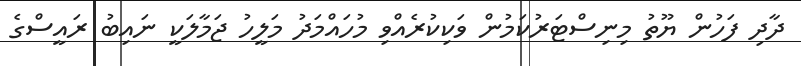
ދާދި ފަހުން ޔޫތު މިނިސްޓަރުކަމުން ވަކިކުރެއްވި މުހައްމަދު މަލީހު ޖަމާލަކީ ނައިބު ރައީސްގެ